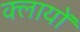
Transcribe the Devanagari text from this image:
क्लायों